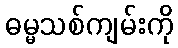
ဓမ္မသစ်ကျမ်းကို